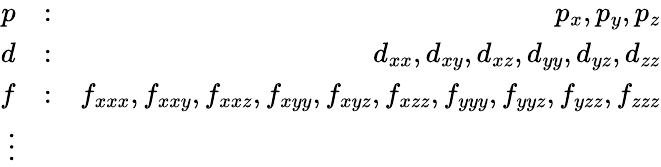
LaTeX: \begin{array}{rlr}{p}&{:}&{p_{x},p_{y},p_{z}}\\ {d}&{:}&{d_{xx},d_{xy},d_{xz},d_{yy},d_{yz},d_{zz}}\\ {f}&{:}&{f_{xxx},f_{xxy},f_{xxz},f_{xyy},f_{xyz},f_{xzz},f_{yyy},f_{yyz},f_{yzz},f_{zzz}}\\ {\vdots}\end{array}